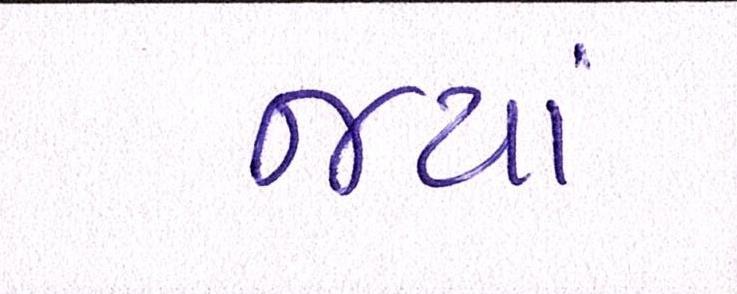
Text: જ્યાં